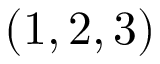
( 1 , 2 , 3 )